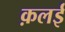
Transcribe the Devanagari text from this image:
क़लई